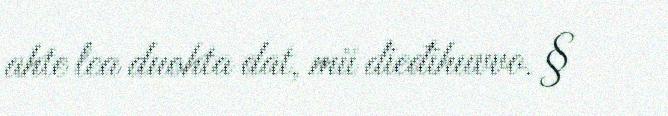
ahte lea duohta dat, mii dieđihuvvo. §